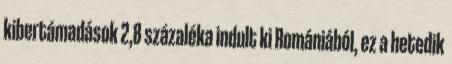
kibertámadások 2,8 százaléka indult ki Romániából, ez a hetedik